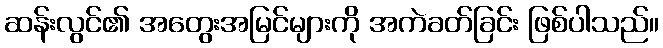
ဆန်းလွင်၏ အတွေးအမြင်များကို အကဲခတ်ခြင်း ဖြစ်ပါသည်။